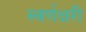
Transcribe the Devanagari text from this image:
स्वर्णक्षरी